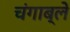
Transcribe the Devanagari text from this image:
चंगाब्ले